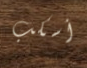
أسكب